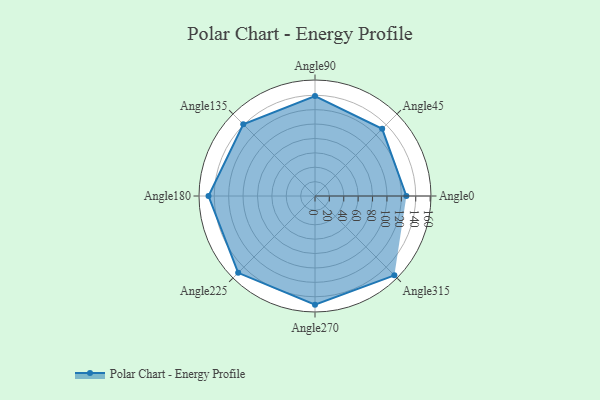
{"axis": {"x": "Angle", "y": "Radius"}, "legend": [""], "data": [{"x": "Angle0", "y": 127.0, "type": ""}, {"x": "Angle45", "y": 132.0, "type": ""}, {"x": "Angle90", "y": 139.0, "type": ""}, {"x": "Angle135", "y": 141.0, "type": ""}, {"x": "Angle180", "y": 148.0, "type": ""}, {"x": "Angle225", "y": 151.0, "type": ""}, {"x": "Angle270", "y": 151.0, "type": ""}, {"x": "Angle315", "y": 156.0, "type": ""}]}